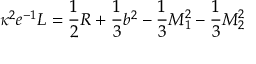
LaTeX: \kappa ^ { 2 } e ^ { - 1 } { \cal { L } } = \frac { 1 } { 2 } { \cal { R } } + \frac { 1 } { 3 } b ^ { 2 } - \frac { 1 } { 3 } M _ { 1 } ^ { 2 } - \frac { 1 } { 3 } M _ { 2 } ^ { 2 }